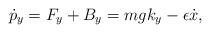
LaTeX: \begin{align*}\dot{p}_{y}=F_y+B_y=mg k_y-\epsilon \dot x,\end{align*}